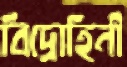
বিদ্রোহিনী